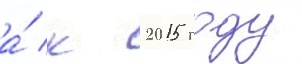
а́ к 2015 году